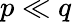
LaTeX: p\ll q